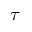
\tau